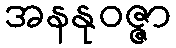
အနနုဝဇ္ဇာ